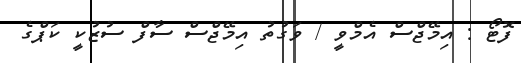
ފޮޓޯ : އިމޭޖްސް އެމްވީ / ވަގުތު އިމޭޖްސް ސާފް ސުޒުކީ ކަޕްގެ